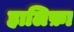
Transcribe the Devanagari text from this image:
हालिफ़ा